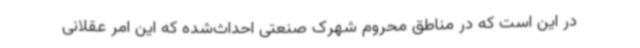
در این است که در مناطق محروم شهرک صنعتی احداث‌شده که این امر عقلانی